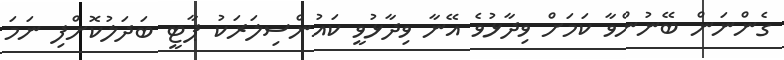
ގެންނަން ބޭނުންވާ ކަމަށް ވިދާޅުވެ އޭނާ ވިދާޅުވީ ކައުންސިލަރަކު ޕާޓީ ބަދަލުކޮށްފި ނަމަ